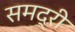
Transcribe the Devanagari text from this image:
समद्री